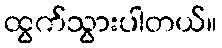
ထွက်သွားပါတယ်။